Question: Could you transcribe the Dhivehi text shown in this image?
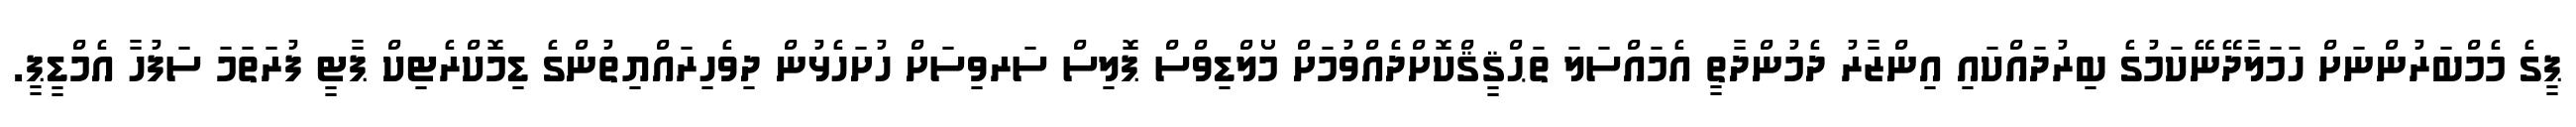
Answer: ޕީގެ މެމްބަރުންނަށް ހަމަލާދޭނޭކަމުގެ ބިރުދައްކައި އިންޒާރު ދެމުންދާތީ އެމައްސަލަ ތަޙްޤީޤްކޮށްދެއްވުމަށް މޯލްޑިވްސް ޕޮލިސް ސަރވިސަށް ހުށަހެޅުން ދިވެހިރައްޔިތުންގެ ޑިމޮކްރެޓިކް ޕާޓީ ފުރަތަމަ ސަފުހާ އެމްޑީޕީ.